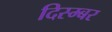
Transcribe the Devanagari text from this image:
दिस्म्बर